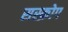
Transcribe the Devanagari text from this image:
सस्क्रोप